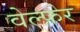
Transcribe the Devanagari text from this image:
वेल्फ़ेर